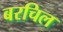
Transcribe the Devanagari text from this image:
बरचिल